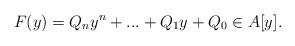
LaTeX: \begin{align*}F(y)=Q_{n}y^{n}+...+Q_{1}y+Q_{0}\in A[y].\end{align*}